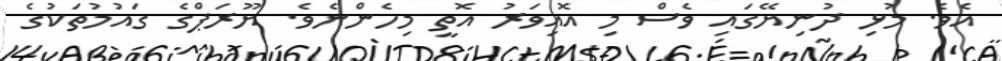
އެވެ. މުޅި ދުނިޔޭގައި ވެސް މި އޮއިވަރު އޮތީ މިހެންނެވެ. ޔޫރަޕްގެ ގައުމުތަކުގެ